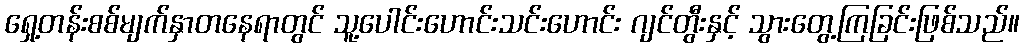
ရှေ့တန်းစစ်မျက်နှာတနေရာတွင် သူ့ပေါင်းဟောင်းသင်းဟောင်း ဂျင်တွီးနှင့် သွားတွေ့ကြခြင်းဖြစ်သည်။